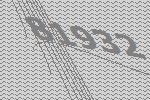
81932